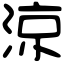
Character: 涼